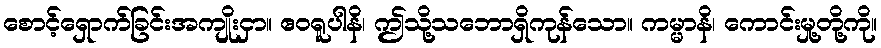
စောင့်ရှောက်ခြင်းအကျိုးငှာ။ ဧဝရူပါနိ၊ ဤသို့သဘောရှိကုန်သော။ ကမ္မာနိ၊ ကောင်းမှု့တို့ကို။